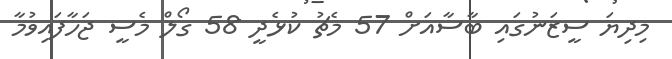
މިދިޔަ ސީޒަނުގައި ބާސާއަށް 57 މެޗު ކުޅެދީ 58 ގޯލް މެސީ ޖަހާފައިވުމާ